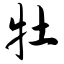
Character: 牡